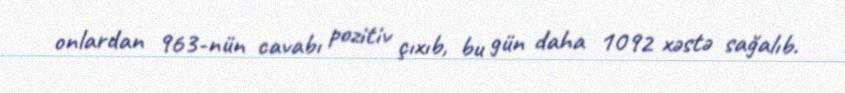
onlardan 963-nün cavabı pozitiv çıxıb, bu gün daha 1092 xəstə sağalıb.